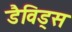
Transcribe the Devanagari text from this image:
डैविड्स